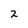
Character: 2